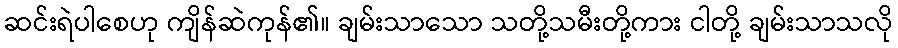
ဆင်းရဲပါစေဟု ကျိန်ဆဲကုန်၏။ ချမ်းသာသော သတို့သမီးတို့ကား ငါတို့ ချမ်းသာသလို